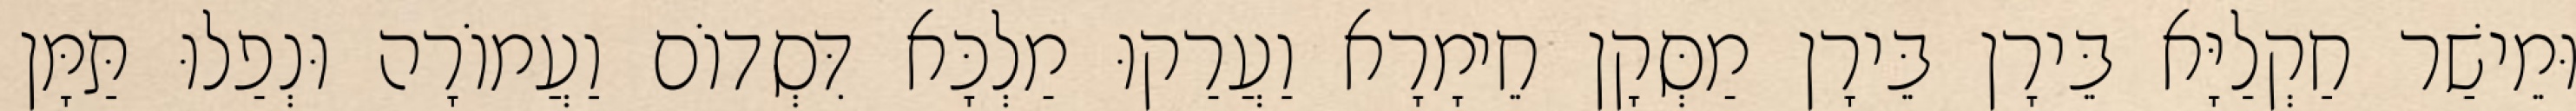
וּמֵישַׁר חַקְלַיָּא בֵּירָן בֵּירָן מַסְּקָן חֵימָרָא וַעֲרַקוּ מַלְכָּא דִּסְדוֹם וַעֲמוֹרָה וּנְפַלוּ תַּמָּן